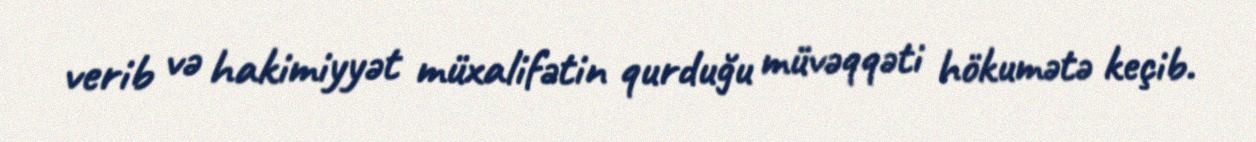
verib və hakimiyyət müxalifətin qurduğu müvəqqəti hökumətə keçib.